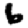
Digit: 6